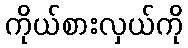
ကိုယ်စားလှယ်ကို